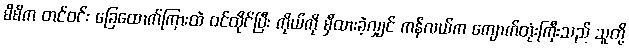
မိမိက တင်ဝင်း ခြေထောက်ကြားထဲ ဝင်ထိုင်ပြီး ကိုယ်ကို မှီထားခဲ့လျှင် ကန်လယ်က ကျောက်တုံးကြီးသည် သူတို့